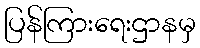
ပြန်ကြားရေးဌာနမှ